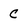
Character: C